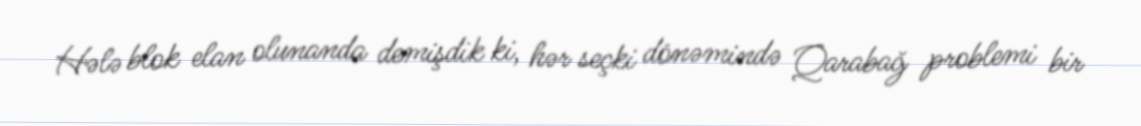
Hələ blok elan olunanda demişdik ki, hər seçki dönəmində Qarabağ problemi bir